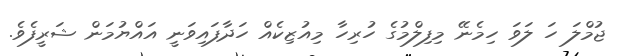
ޖުމްލަ ހަ ލަވަ ހިމެނޭ މިފިލްމުގެ ހުރިހާ މިއުޒިކެއް ހަދާފައިވަނީ އައްޔުމަން ޝަރީފެވެ.